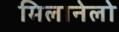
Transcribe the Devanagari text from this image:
मिलानेलो